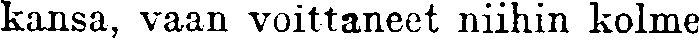
kansa, vaan voittaneet niihin kolme